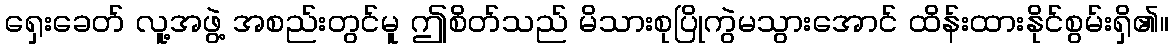
ရှေးခေတ် လူ့အဖွဲ့ အစည်းတွင်မူ ဤစိတ်သည် မိသားစုပြိုကွဲမသွားအောင် ထိန်းထားနိုင်စွမ်းရှိ၏။